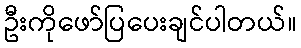
ဦးကိုဖော်ပြပေးချင်ပါတယ်။